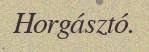
Horgásztó.